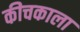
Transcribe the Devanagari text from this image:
कीचकाला